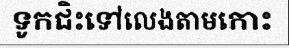
ទូកជិះទៅលេងតាមកោះ